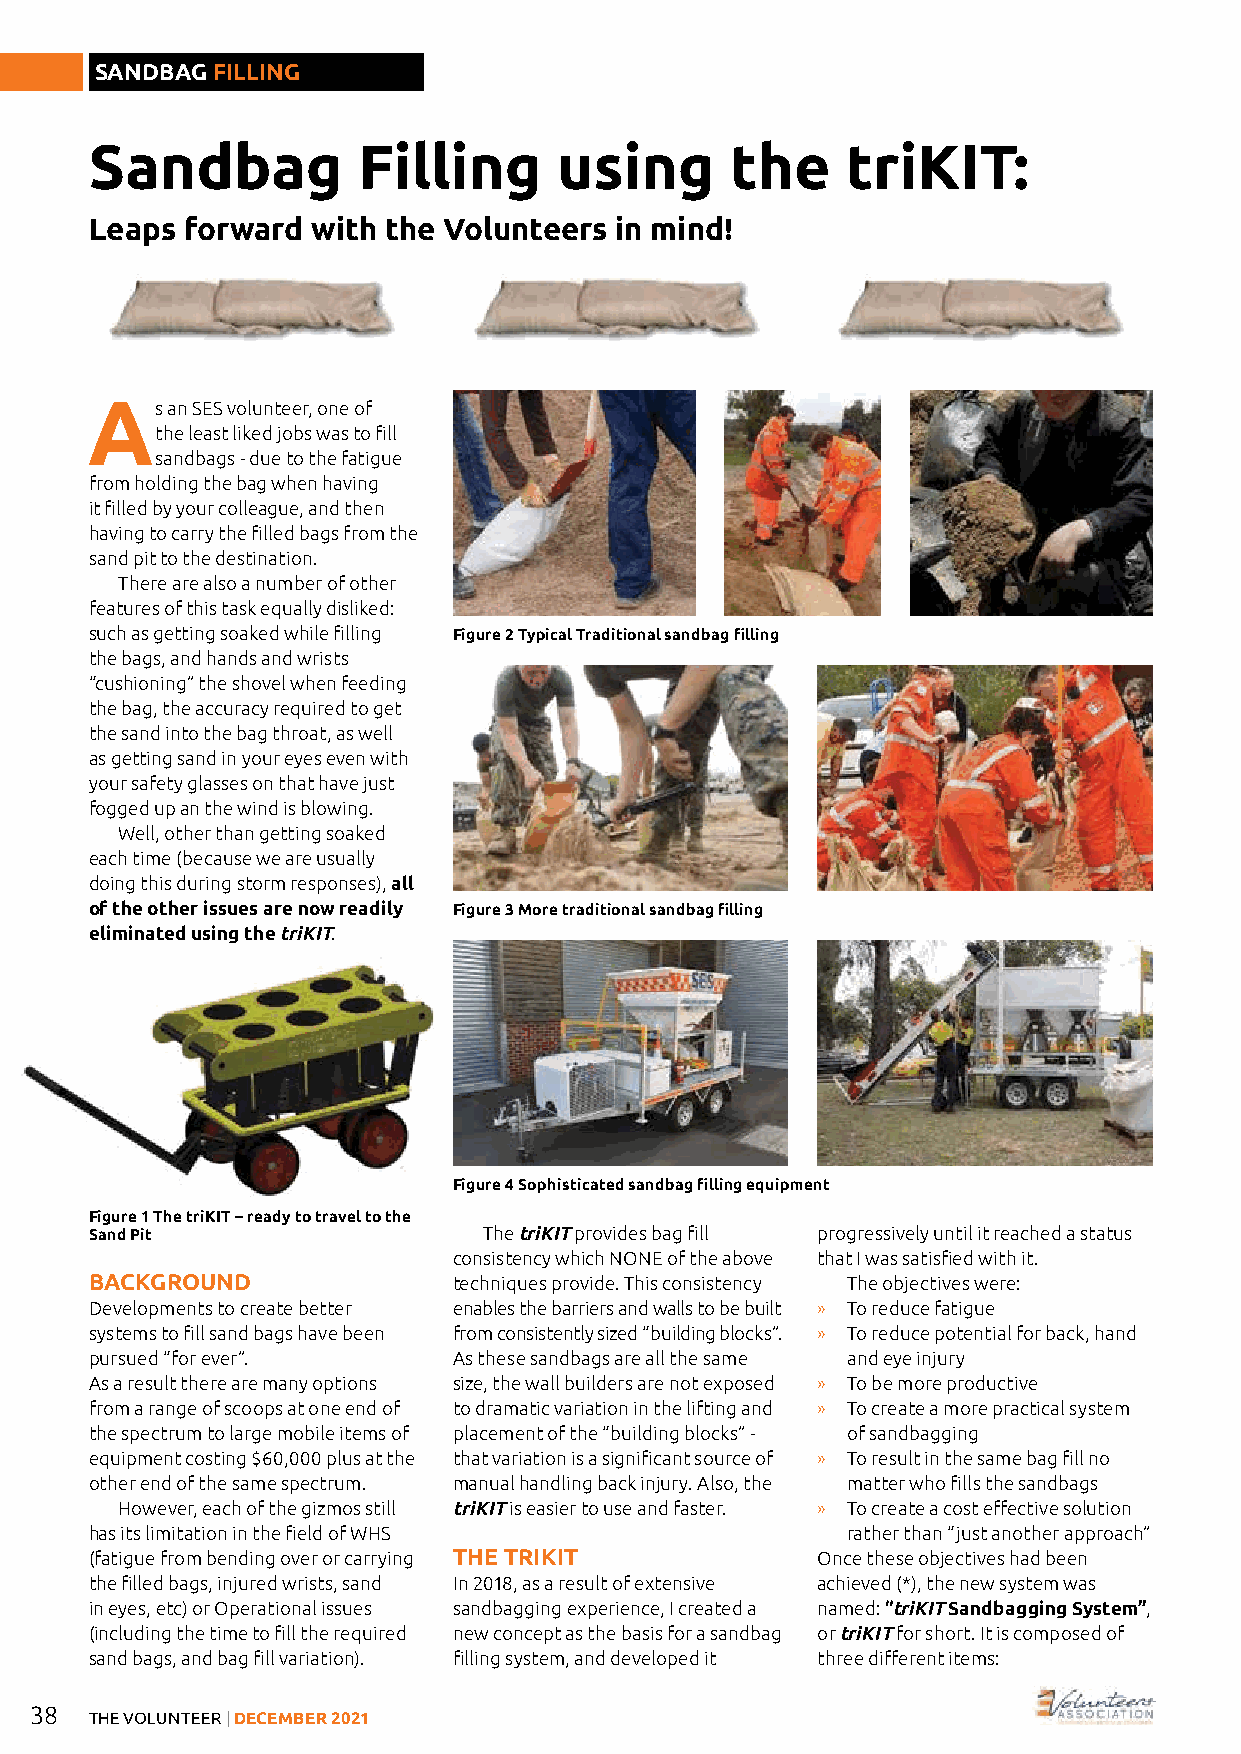
SANDBAG FILLING
 Sandbag           Filling      using      the     triKIT:
 Leaps forward  with the Volunteers in mind!
 As   an SES volunteer, one of
 the least liked jobs was to fill
 sandbags - due to the fatigue
 from holding the bag when having
 it filled by your colleague, and then
 having to carry the filled bags from the
 sand pit to the destination.
 There are also a number of other
 features of this task equally disliked:
 such as getting soaked while filling Figure 2 Typical Traditional sandbag filling
 the bags, and hands and wrists
 “cushioning” the shovel when feeding
 the bag, the accuracy required to get
 the sand into the bag throat, as well
 as getting sand in your eyes even with
 your safety glasses on that have just
 fogged up an the wind is blowing.
 Well, other than getting soaked
 each time (because we are usually
 doing this during storm responses), all
 of the other issues are now readily Figure 3 More traditional sandbag filling
 eliminated using the triKIT.
 Figure 4 Sophisticated sandbag filling equipment
 Figure 1 The triKIT – ready to travel to the
 Sand Pit                  The triKIT provides bag fill progressively until it reached a status
 consistency which NONE of the above that I was satisfied with it.
 BACKGROUND              techniques provide. This consistency The objectives were:
 Developments to create better enables the barriers and walls to be built » To reduce fatigue
 systems to fill sand bags have been from consistently sized “building blocks”. » To reduce potential for back, hand
 pursued “for ever”.     As these sandbags are all the same and eye injury
 As a result there are many options size, the wall builders are not exposed » To be more productive
 from a range of scoops at one end of to dramatic variation in the lifting and » To create a more practical system
 the spectrum to large mobile items of placement of the “building blocks” - of sandbagging
 equipment costing $60,000 plus at the that variation is a significant source of » To result in the same bag fill no
 other end of the same spectrum. manual handling back injury. Also, the matter who fills the sandbags
 However, each of the gizmos still triKIT is easier to use and faster. » To create a cost effective solution
 has its limitation in the field of WHS            rather than “just another approach”
 (fatigue from bending over or carrying THE TRIKIT Once these objectives had been
 the filled bags, injured wrists, sand In 2018, as a result of extensive achieved (*), the new system was
 in eyes, etc) or Operational issues sandbagging experience, I created a named: “triKIT Sandbagging System”,
 (including the time to fill the required new concept as the basis for a sandbag or triKIT for short. It is composed of
 sand bags, and bag fill variation). filling system, and developed it three different items:
 38
 THE VOLUNTEER | DECEMBER 2021